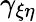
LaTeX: \gamma_{\xi\eta}